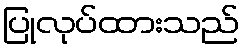
ပြုလုပ်ထားသည်